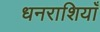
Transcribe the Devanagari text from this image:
धनराशियाँ